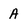
Character: A